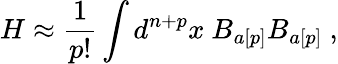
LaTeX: H\approx\frac{1}{p!}\int d^{n+p}x\ B_{a[p]}B_{a[p]}\ ,